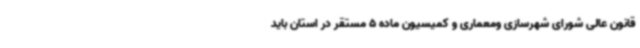
قانون عالی شورای شهرسازی ومعماری و کمیسیون ماده 5 مستقر در استان باید